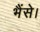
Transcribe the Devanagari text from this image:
भैंसे।